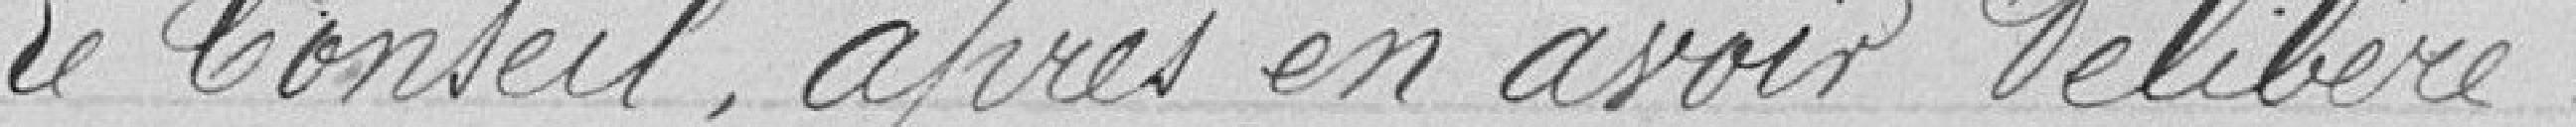
Le Conseil, après en avoir délibéré,